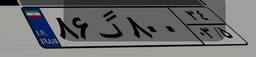
۱۶گ۰۸۱۱۷